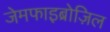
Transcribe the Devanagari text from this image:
जेमफाइब्रोज़िल